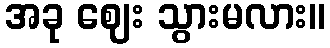
အခု ဈေး သွားမလား။